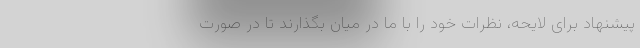
پیشنهاد برای لایحه، نظرات خود را با ما در میان بگذارند تا در صورت